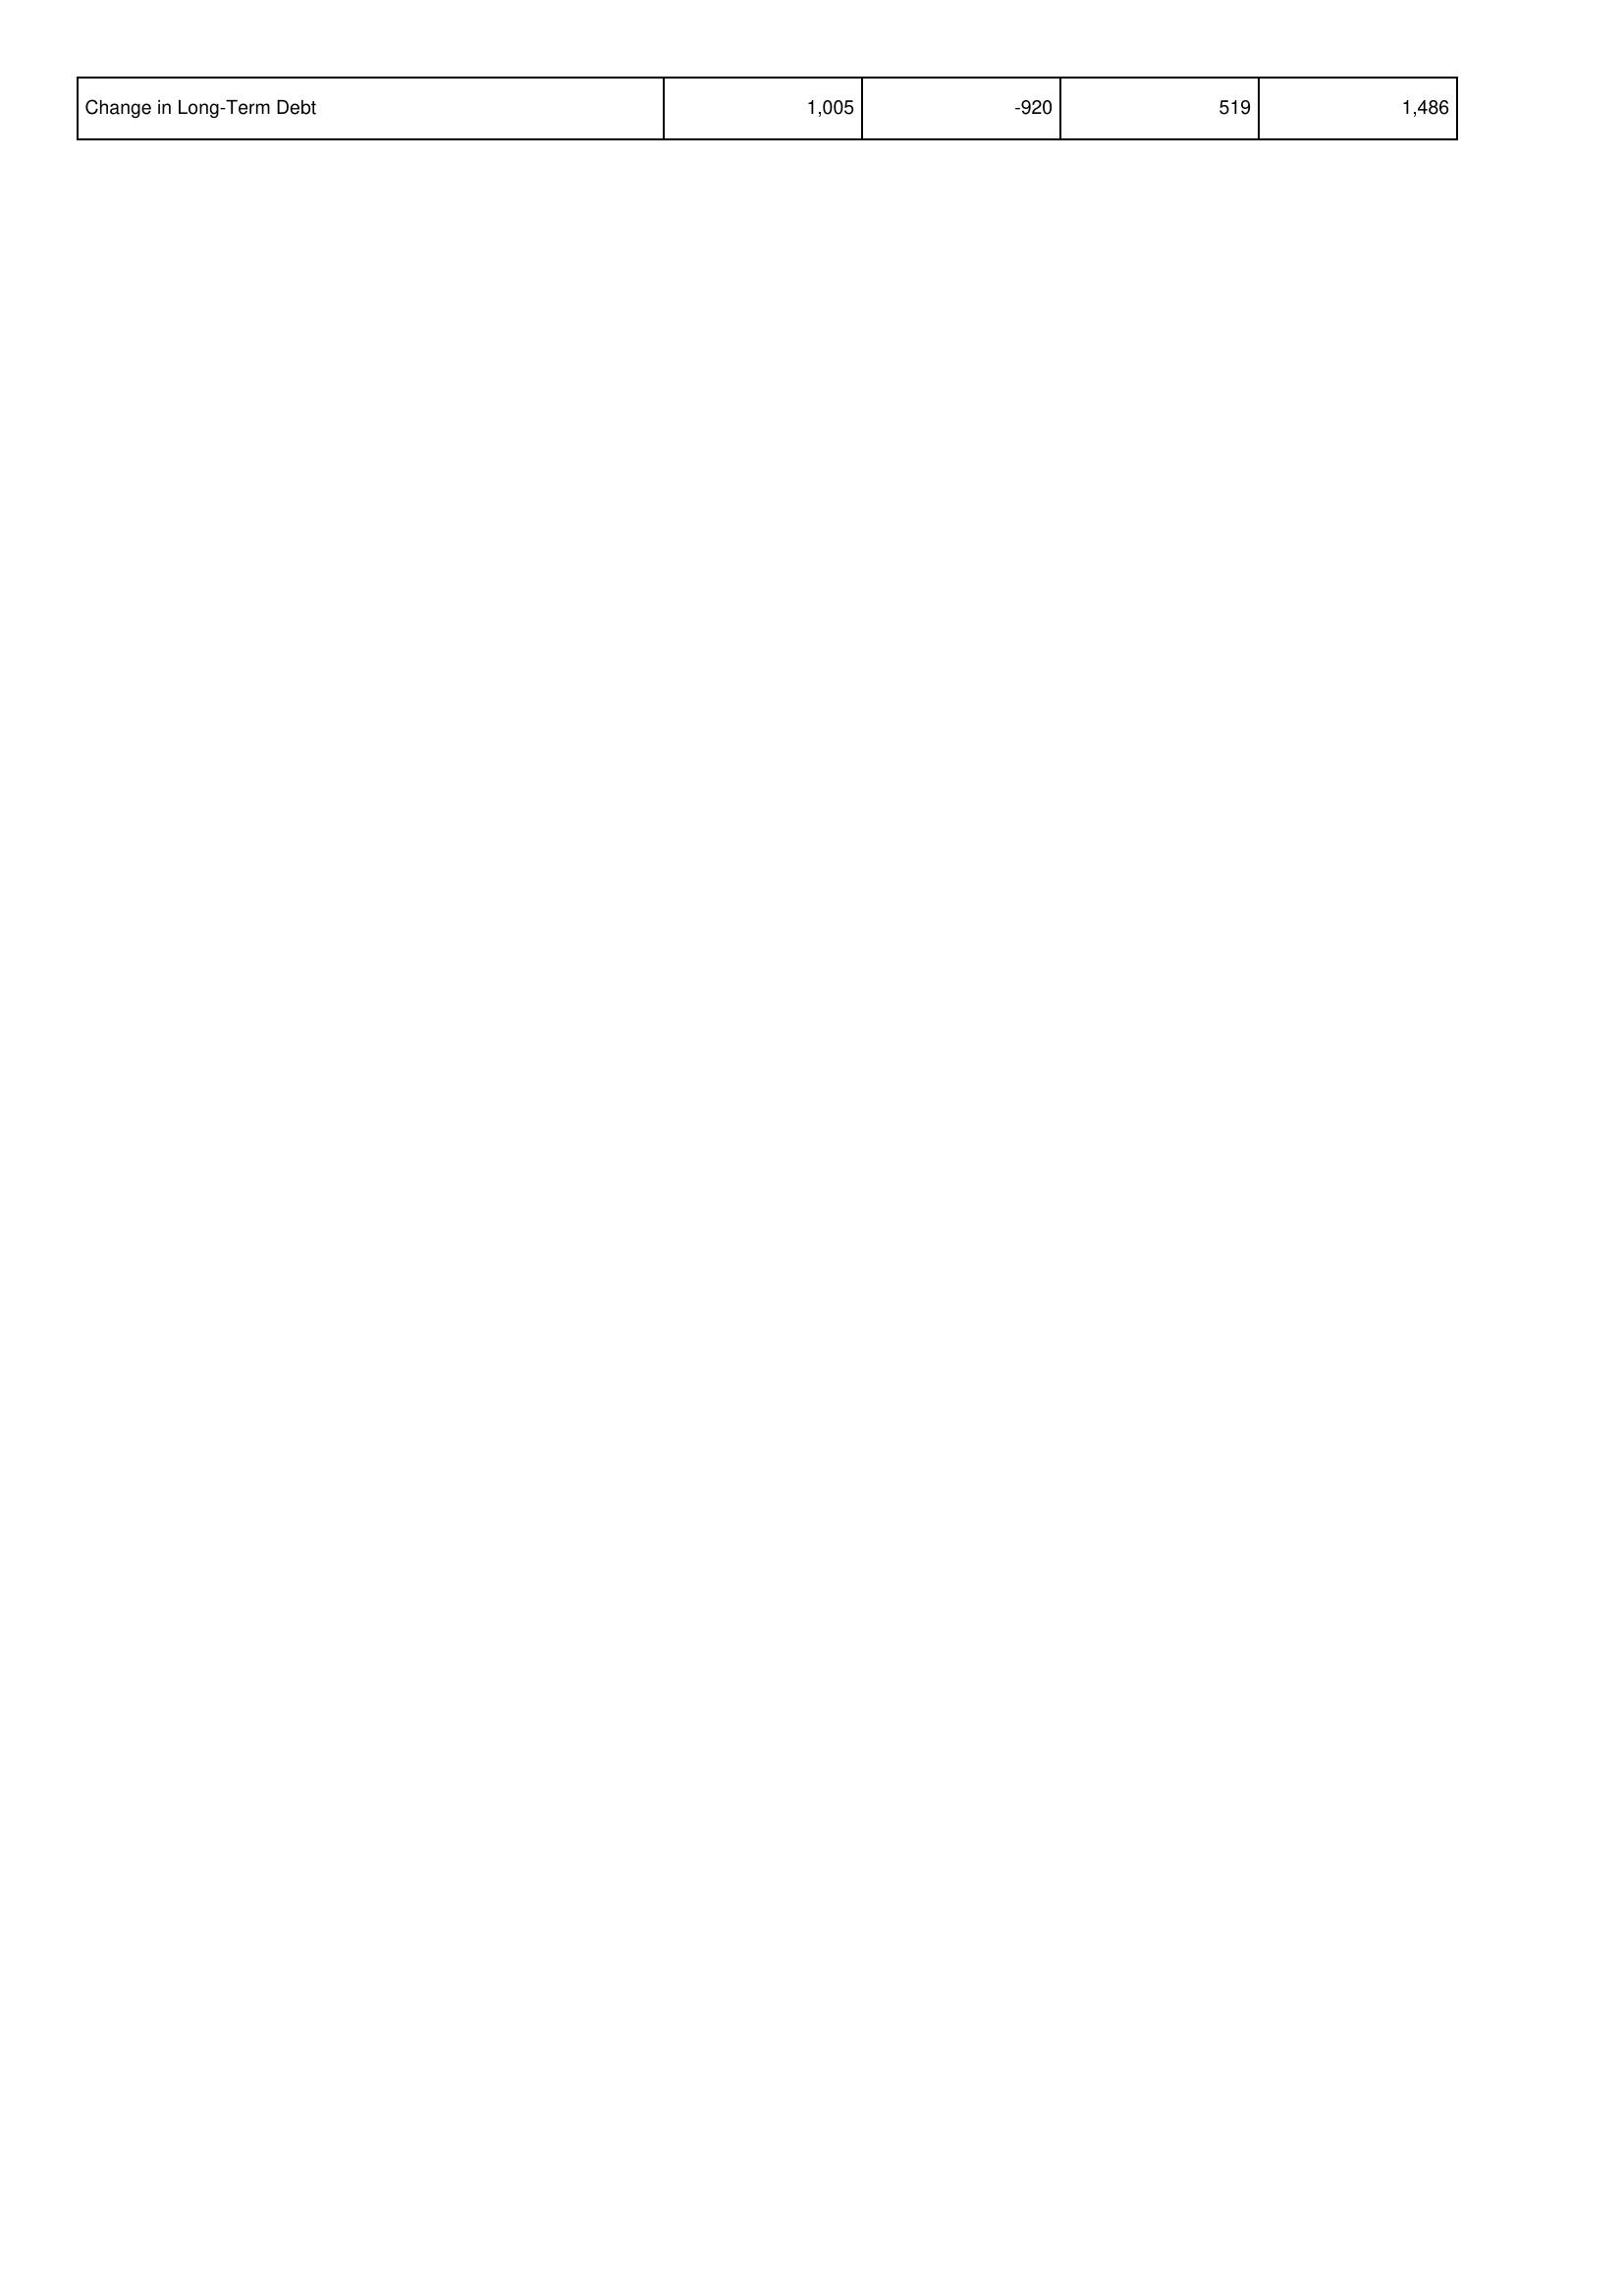
2019: Financing Activities: Change in Long-Term Debt: 1,005
2018: Financing Activities: Change in Long-Term Debt: -920
2017: Financing Activities: Change in Long-Term Debt: 519
2016: Financing Activities: Change in Long-Term Debt: 1,486